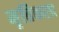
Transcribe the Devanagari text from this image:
मृत्तिकला